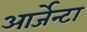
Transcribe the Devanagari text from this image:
आर्जेन्टा